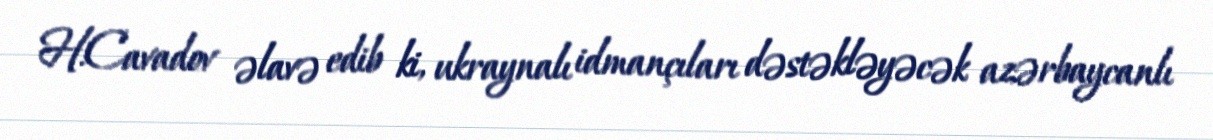
H.Cavadov əlavə edib ki, ukraynalı idmançıları dəstəkləyəcək azərbaycanlı